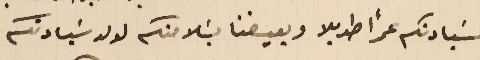
لسَيادتكم عمرًا طويلا ويعيضنا بسَلامتكم لولد سَيادتكم